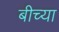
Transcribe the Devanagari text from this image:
बीच्या